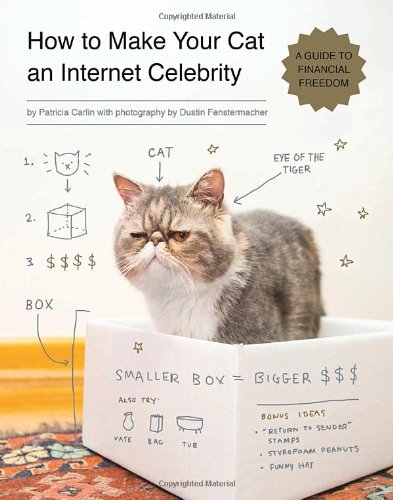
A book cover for How to Make Your Cat an Internet Celebrity: A Guide to Financial Freedom; Patricia Carlin; Humor & Entertainment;